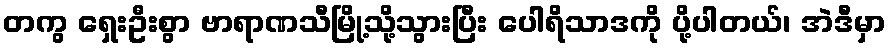
တကွ ရှေးဦးစွာ ဗာရာဏသီမြို့သို့သွားပြီး ပေါရိသာဒကို ပို့ပါတယ်၊ အဲဒီမှာ